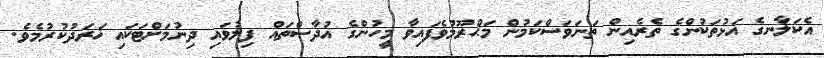
އެކަލާނގެ އަޅުތަކުންގެ ތެރެއިން ތަނަވަސްކަމުން މަޙްރޫމުވެފައިވާ މީހުންގެ އުދާސްތައް ފިލުވައި ދިނުމަށްޓަކައި ޚަރަދުކުރުމެވެ.